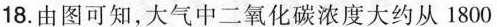
18.由图可知，大气中二氧化碳浓度大约从1800